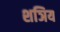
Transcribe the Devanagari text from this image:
शञिय